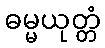
ဓမ္မယုတ္တံ